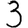
Digit: 3